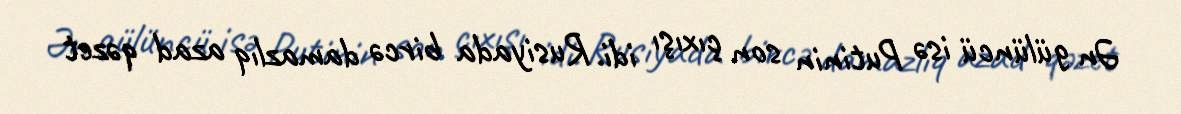
Ən gülüncü isə Putinin son çıxışı idi. Rusiyada bircə damazlıq azad qəzet